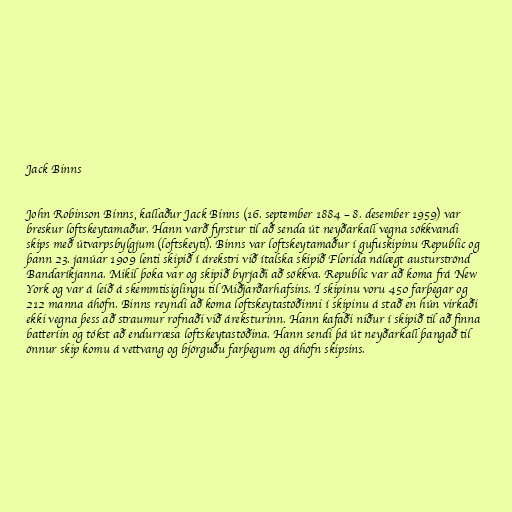
Jack Binns

John Robinson Binns, kallaður Jack Binns (16. september 1884 – 8. desember 1959) var
breskur loftskeytamaður. Hann varð fyrstur til að senda út neyðarkall vegna sökkvandi
skips með útvarpsbylgjum (loftskeyti). Binns var loftskeytamaður í gufuskipinu Republic og
þann 23. janúar 1909 lenti skipið í árekstri við ítalska skipið Florida nálægt austurströnd
Bandaríkjanna. Mikil þoka var og skipið byrjaði að sökkva. Republic var að koma frá New
York og var á leið á skemmtisiglingu til Miðjarðarhafsins. Í skipinu voru 450 farþegar og
212 manna áhöfn. Binns reyndi að koma loftskeytastöðinni í skipinu á stað en hún virkaði
ekki vegna þess að straumur rofnaði við áreksturinn. Hann kafaði niður í skipið til að finna
batteríin og tókst að endurræsa loftskeytastöðina. Hann sendi þá út neyðarkall þangað til
önnur skip komu á vettvang og björguðu farþegum og áhöfn skipsins.